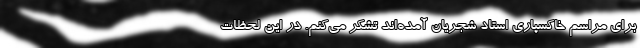
برای مراسم خاکسپاری استاد شجریان آمده‌اند تشکر می‌کنم. در این لحظات